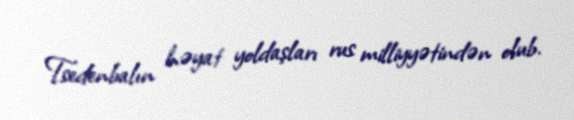
Tsedenbalın həyat yoldaşları rus milliyyətindən olub.